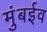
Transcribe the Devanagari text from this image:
मुंबईव